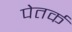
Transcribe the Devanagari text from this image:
पेतर्क